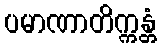
ပမာဏာတိက္ကန္တံ